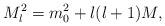
LaTeX: \begin{align*}M_{l}^{2} = m_{0}^{2} + l(l+1) M , \end{align*}